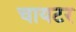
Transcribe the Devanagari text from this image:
चायटर